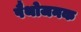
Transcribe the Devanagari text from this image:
पैथोजनक